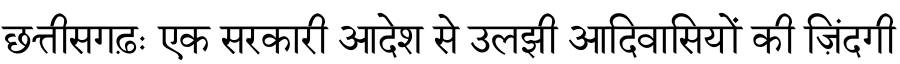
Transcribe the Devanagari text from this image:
छत्तीसगढ़ः एक सरकारी आदेश से उलझी आदिवासियों की ज़िंदगी